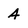
Character: 4